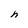
Character: h